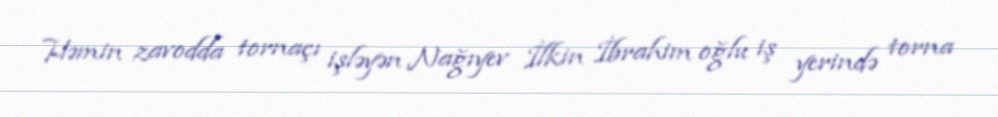
Həmin zavodda tornaçı işləyən Nağıyev İlkin İbrahim oğlu iş yerində torna